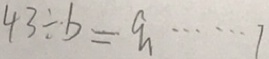
4 3 \div b = q \cdots 1